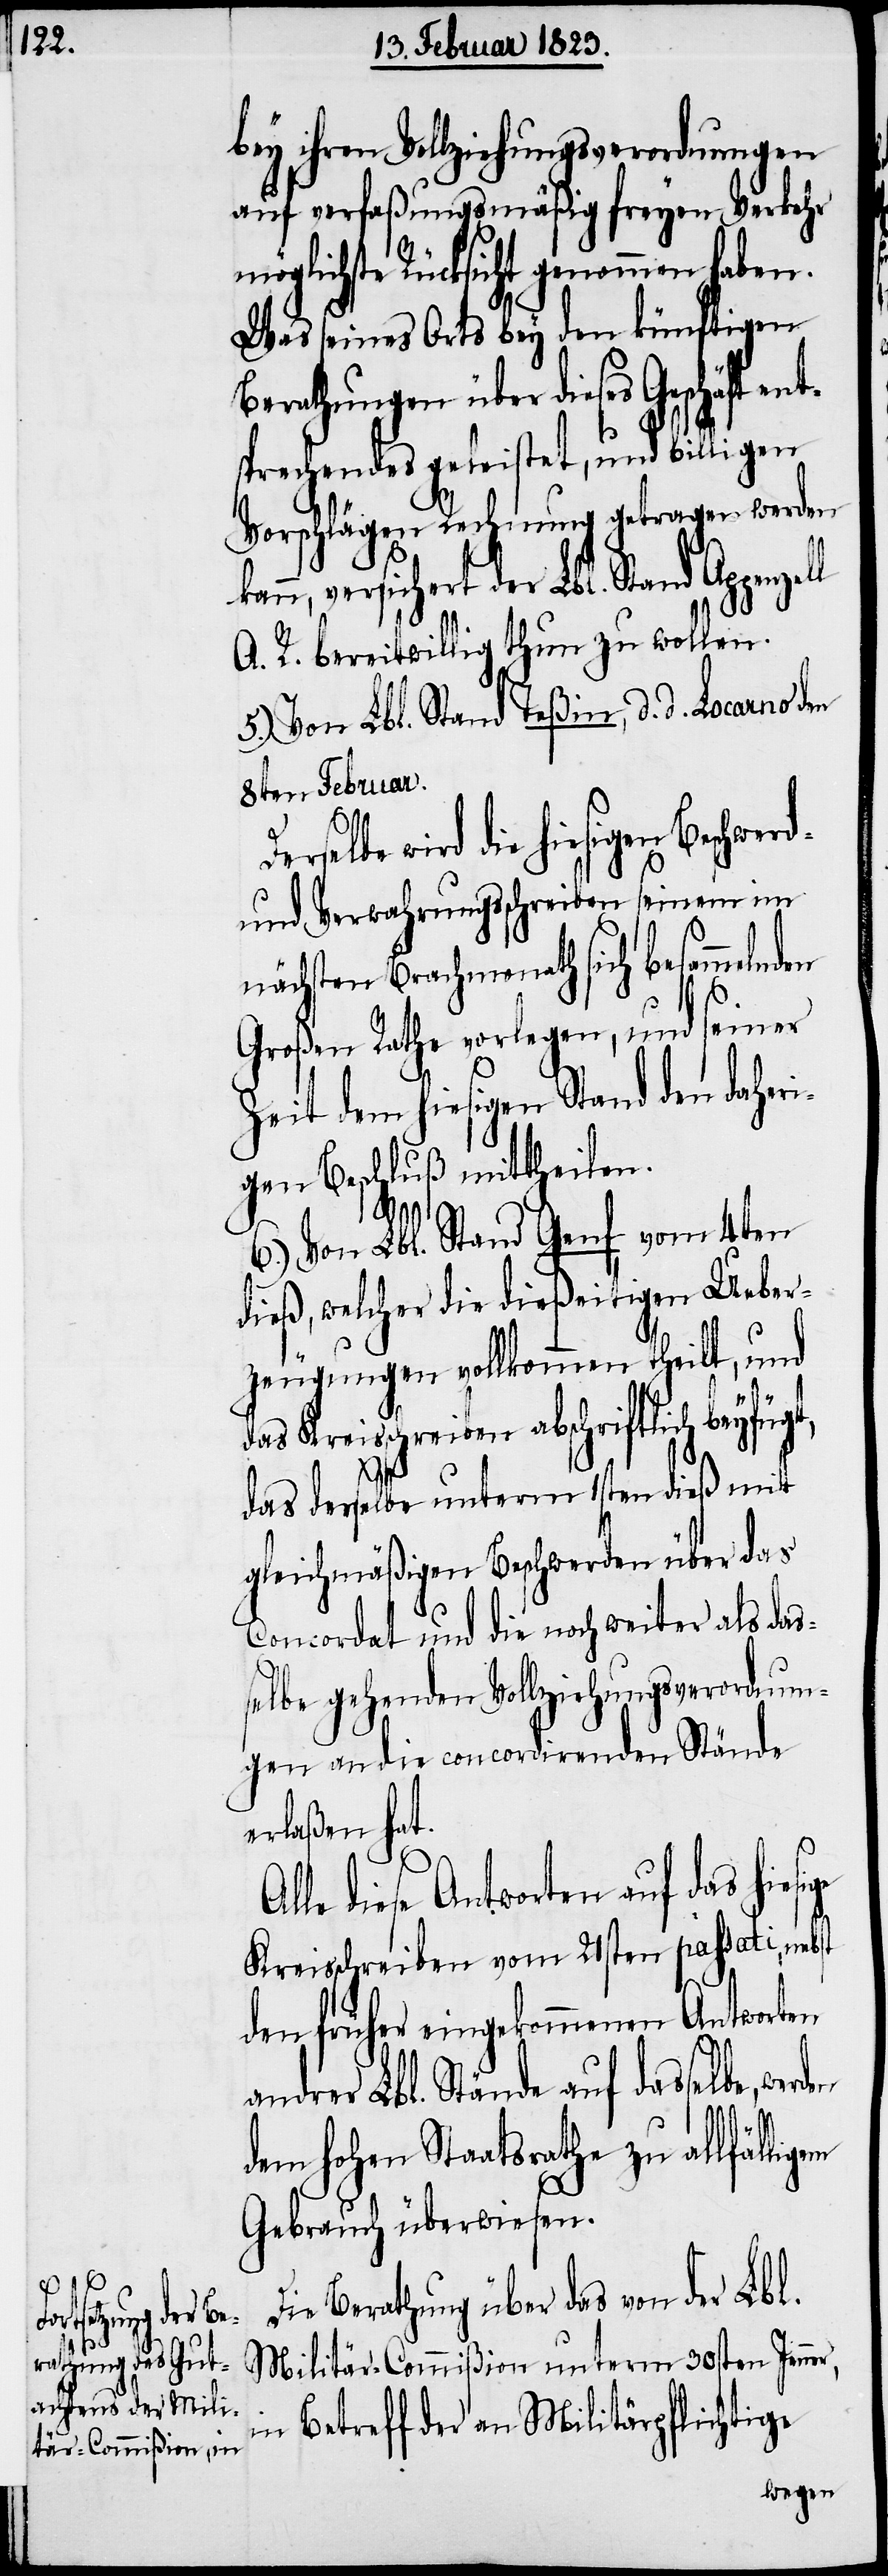
bey ihren Vollziehungsverordnungen
auf verfaßungsmäßig freyen Verkehr
möglichste Rücksicht genommen haben.
Was seines Orts bey den künftigen
Berathungen über dieses Geschäft e¬
sprechendes geleistet, und billigen
Vorschlägen Rechnung getragen werden
kann, versichert der Lbl. Stand Appenzell
A. R. bereitwillig thun zu wollen.
5.) Von Lbl. Stand Teßin, d. d. Locarno den
8ten Februar.
r,
Derselbe wird die hiesigen Beschwerd-
und Verwahrungsschreiben seinem im
nächsten Brachmonath sich besammelnden
nt¬
Großen Rathe vorlegen, und seiner
Zeit dem hiesigen Stand den daheri¬
gen Beschluß mittheilen.
6.) Von Lbl. Stand Genf vom 4ten
dieß, welcher die dießeitigen Ueber¬
zeugungen vollkommen theilt, und
das Kreisschreiben abschriftlich beyfügt,
das derselbe unterm 1sten dieß mit
gleichmäßigen Beschwerden über das
Concordat und die noch weiter als das¬
selbe gehenden Vollziehungsverordnun¬
gen an die concordirenden Stände
erlaßen hat.
lle diese Antworten auf das hiesi¬
passati,
Kreisschreiben vom 21sten
den früher eingekommenen Antworten
andrer Lbl. Stände auf dasselbe, wer¬
den
dem hohen Staatsrathe zu allfälligem
Gebrauch überwiesen.
Die Berathung über das von der Lbl.
Militär-Commißion unterm 30sten Jenne¬
in Betreff der an Militärpflichtige